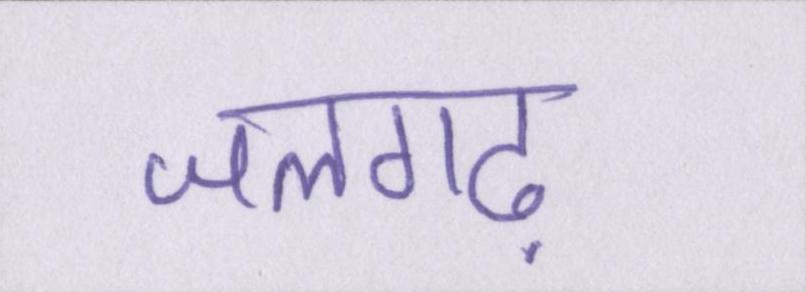
जलगढ़